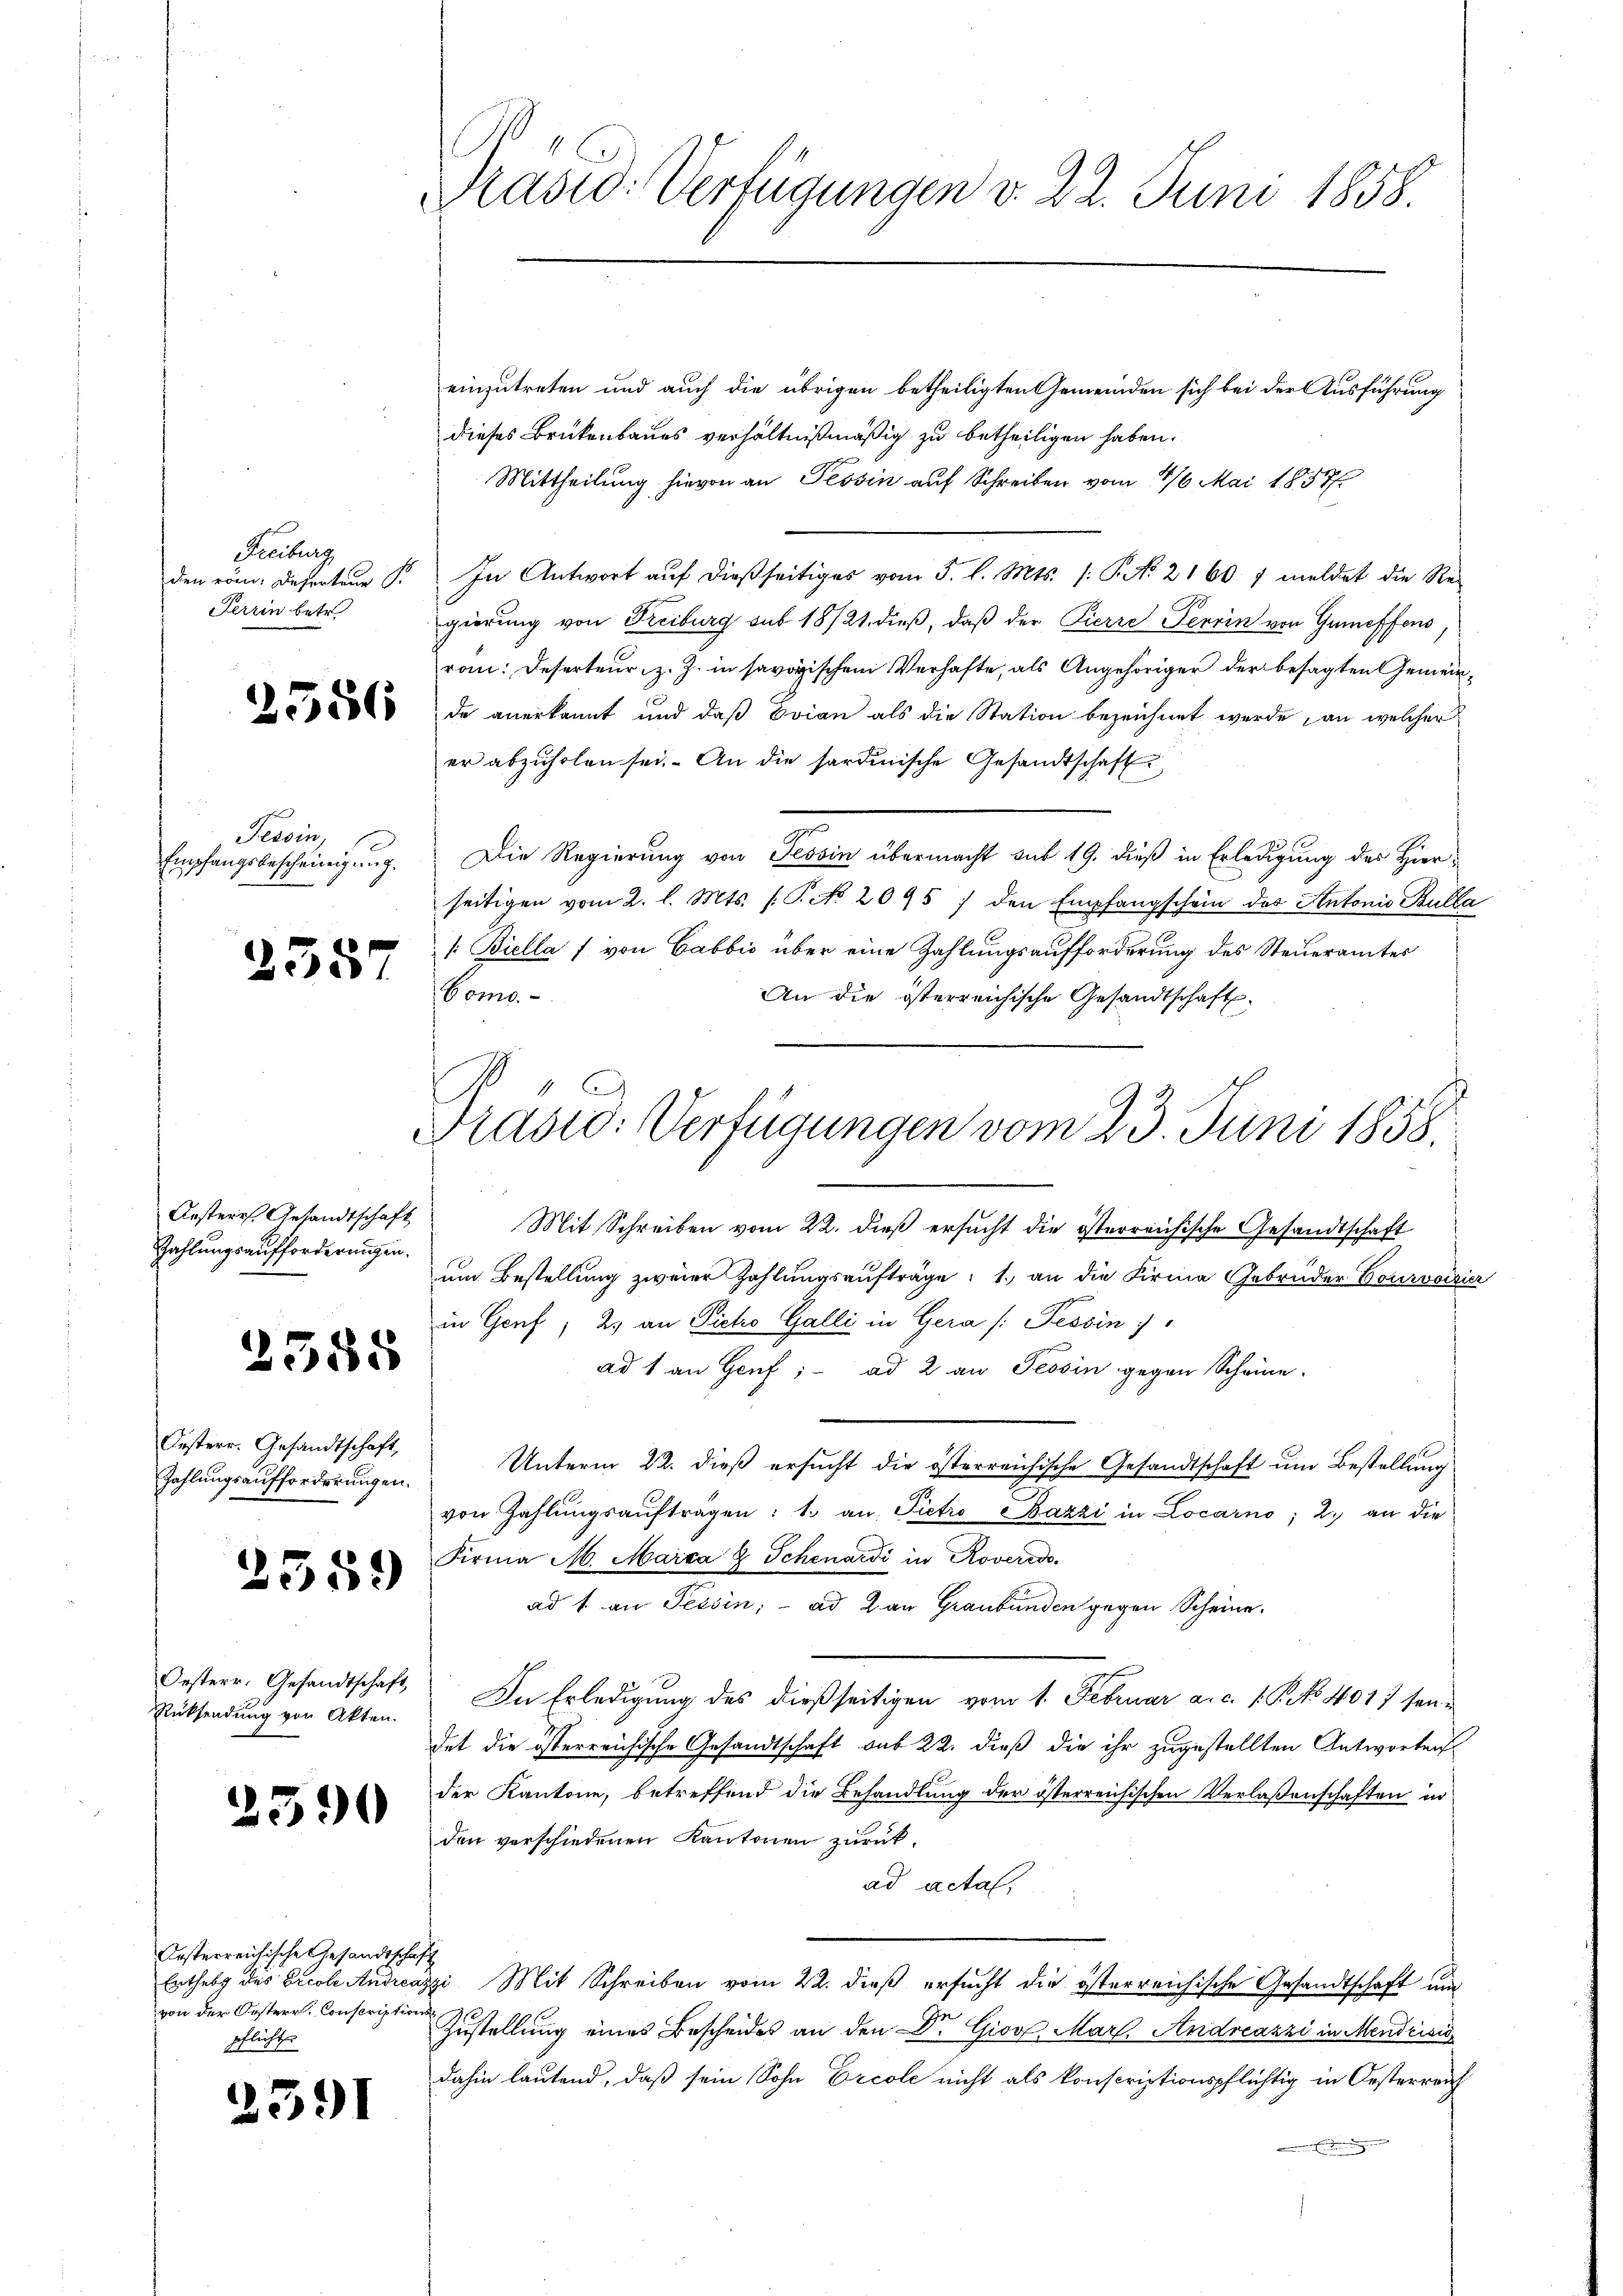
Freiburg
den röm. Referteur S
Terrin betr.

.

586

Tessin,
Empfangsbescheinigung.

2357

Ansterr. Gesandtschaft
Zahlungsaufforderungen.

2388

Oesterr. Gesandtschaft,
Zahlungsaufforderungen.

2359)

Oesterr. Gesandtschaft
Rücksendung von Akten.

2590

Arsterreichische Gesandtschaft
Enthebg des Ercole Andreaz
von der Oesterr. Conscriptions
pflichte

2591

Präsid. Verfügungen v. 22. Juni 1858.

einzutreten und auch die übrigen betheiligten Gemeinden sich bei der Ausführung
dieses Brükenbaues verhältnißmäßig zu betheiligen haben.
Mittheilung hievon an Tessin auf Schreiben vom 1/6 Mai 18577.
In Antwort aŭf dieβ seitiges vom 5. l. Mts. /: P. No. 2160 7 meldet die Re-
gierung von Freiburg sub 18/21. dieß, daß der Pierre Perrin von Greffens,
rom: Deserteur, z. Z. in savoyischen Verhafte, als Angehöriger der besagten Gemeinde anerkannt und daß Evian als die Station bezeichnet werde, an welcher
er abzuholen sei. An die sardinische Gesandtschaft
Die Regierung von Tessin übermacht sub 19. dieß in Erledigung des Hierseitigen vom 2. l. Mts. f. P. No. 2095 / den Empfangschein des Antonio Bulla
/: Biella f von Cabbić über eine Zahlungsaufforderung des Steueramtes
Como
An die österreichische Gesandtschaft.
Mit Schreiben vom 22. dieß ersucht die österreichische Gesandtschaft
um Bestellung zweier Zahlungsaufträge: 1. an die Firma Gebrüder Courvoisier
in Genf; 2) an Picho Galli in Gera /: Tessin
ad 1 an Genf; - ad 2 an Tessin gegen Scheine
Unterm 22. dieß ersucht die österreichische Gesandtschaft um Bestellung
von Zahlŭngsaŭftragen: 1. an Pietro Pazzi in Locarno; 2.) an die
Firma M. Marca 8 Schenardi in Roveredo
ad 1. an Tessin; - ad an Graubünden gegen Scheine.
In Erledigung des dießseitigen vom 1. Februar a. c. 1. P. No 4017 ten
det die österreichische Gesandtschaft sub 22. dieß die ihr zugestellten Antworten
der Kantone, betreffend die Behandlung der österreichischen Verlaßenschaften in
den verschiedenen Kantonen zurückad acta,
zi Mit Schreiben vom 22. dieß ersucht die österreichische Gesandtschaft und
Zustellung eines Bescheides an den Dr. Gior. Mar. Andreazzi in Mendcisio
dahin lautend, daß sein Sohn Ercole nicht als konscriptionspflichtig in Oesterreich

Präsid. Verfügungen vom 23. Juni 1858